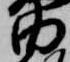
内